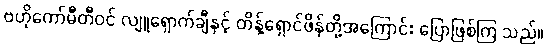
ဗဟိုကော်မီတီဝင် လျူရှောက်ချီနှင့် တိန့်ရှောင်ဖိန်တို့အကြောင်း ပြောဖြစ်ကြ သည်။